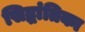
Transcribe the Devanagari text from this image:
सिद्धांतिका